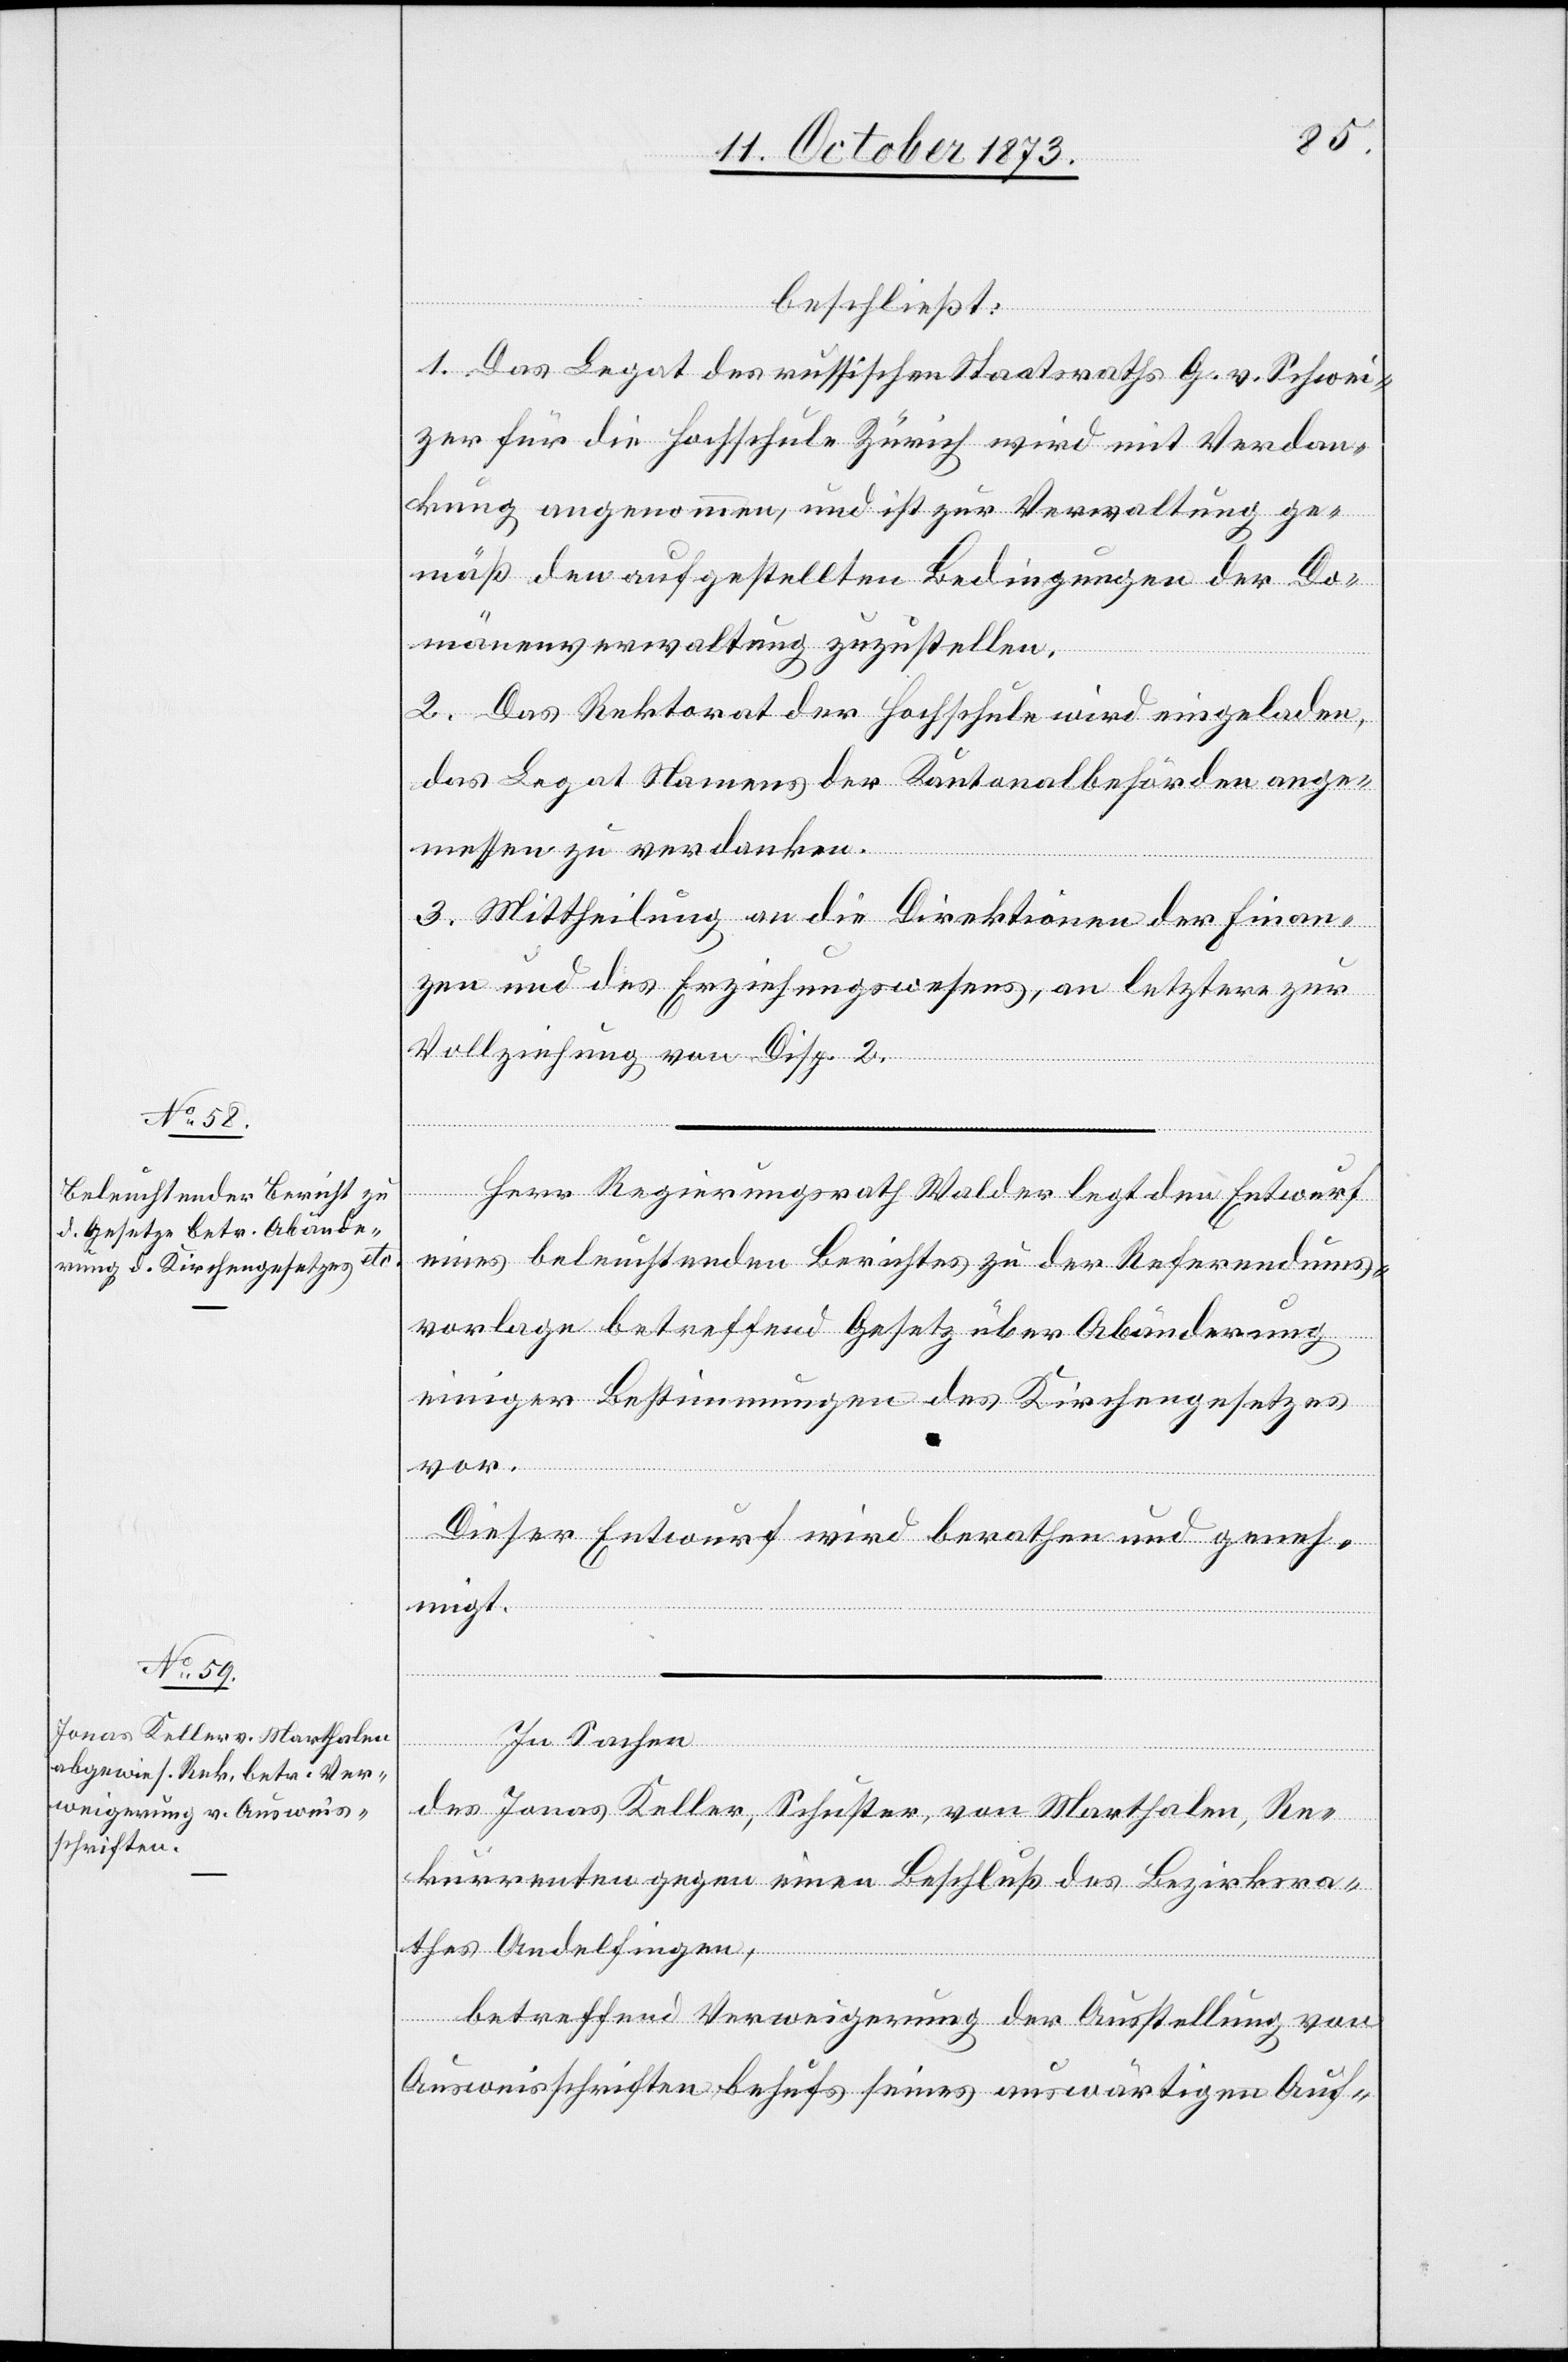
beschließt:
1. Das Legat des russischen Staatsraths G. v. Schwei¬
zer für die Hochschule Zürich wird mit Verdan¬
kung angenommen, und ist zur Verwaltung ge¬
mäß den aufgestellten Bedingungen der Do¬
mänenverwaltung zuzustellen.
2. Das Rektorat der Hochschule wird eingeladen,
das Legat Namens der Kantonalbehörden ange¬
messen zu verdanken.
3. Mittheilung an die Direktion der Finan¬
zen und des Erziehungswesens, an letztere zur
Vollziehung von Disp. 2.
Herr Regierungsrath Walder legt den Entwurf
eines beleuchtenden Berichtes zu der Referendums¬
vorlage betreffend Gesetz über Abänderung
einiger Bestimmungen des Kirchengesetzes
Dieser Entwurf wird berathen und geneh¬
migt.
In Sachen
vor.
des Jonas Keller, Schuster, von Marthalen, Re¬
kurrenten gegen einen Beschluß des Bezirksra¬
thes Andelfingen,
betreffend Verweigerung der Ausstellung von
Ausweisschriften behufs seines auswärtigen Auf-